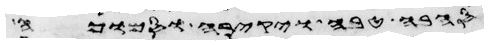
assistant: הבהמה הטהרה ומכל